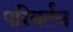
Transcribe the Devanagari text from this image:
परिबर्तन